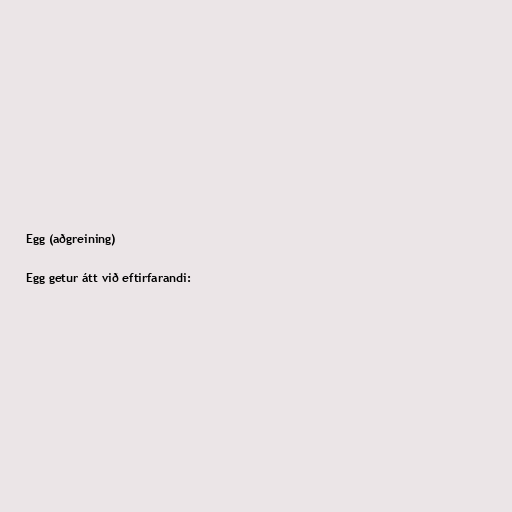
Egg (aðgreining)

Egg getur átt við eftirfarandi: